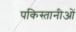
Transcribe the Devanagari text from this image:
पकिस्तानीओं